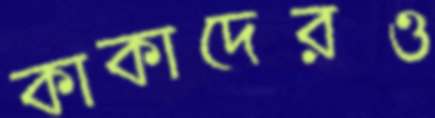
কাকাদেরও